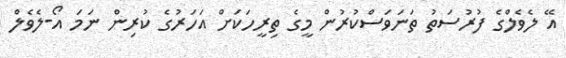
އޭ ލެވެލްގެ ފުރުސަތު ތަނަވަސްކުރުން މީގެ ތިރީހަކަށް އަހަރުގެ ކުރިން ނަމަ އޯ-ލެވެލް